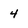
Character: 4